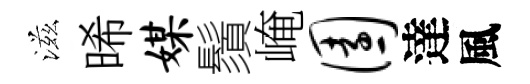
滋晞媒鬚崦园達風